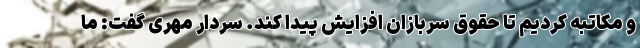
و مکاتبه کردیم تا حقوق سربازان افزایش پیدا کند. سردار مهری گفت: ما